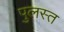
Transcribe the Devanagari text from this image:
पुलस्त